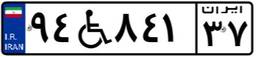
۷۸W۰۹۹۵۸